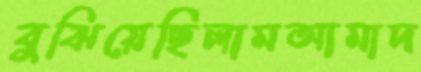
বুঝিয়েছিলামআমাদ